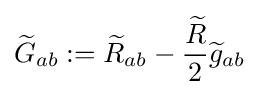
{\widetilde {G}}_{ab}:={\widetilde {R}}_{ab}-{\frac {\widetilde {R}}{2}}{\widetilde {g}}_{ab}